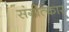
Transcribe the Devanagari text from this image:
संगीत्कार